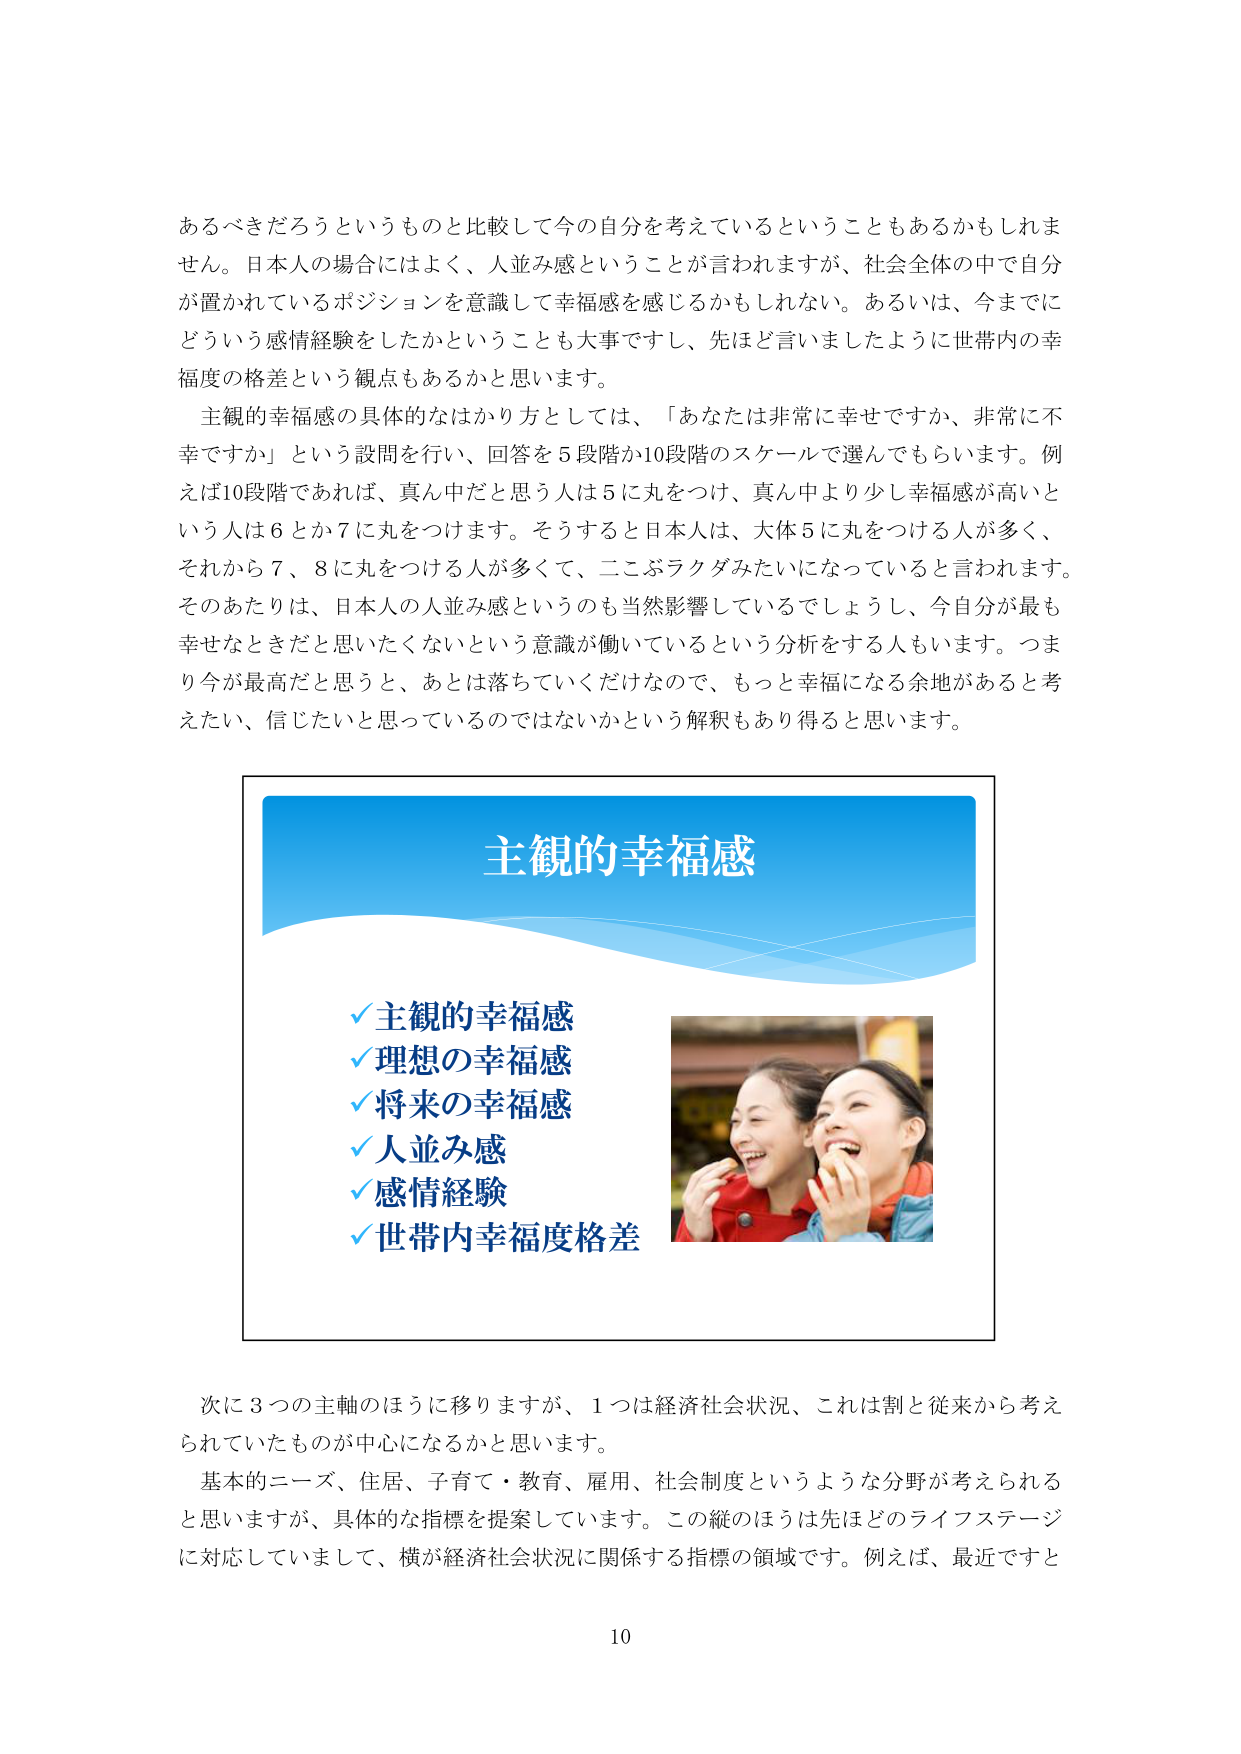
あるべきだろうというものと比較して今の自分を考えているということもあるかもしれません。日本人の場合にはよく、人並み感ということが言われますが、社会全体の中で自分が置かれているポジションを意識して幸福感を感じるかもしれない。あるいは、今までにどういう感情経験をしたかということも大事ですし、先ほど言いましたように世帯内の幸福度の格差という観点もあるかと思います。

主観的幸福感の具体的なはかり方としては、「あなたは非常に幸せですか、非常に不幸ですか」という設問を行い、回答を5段階か10段階のスケールで選んでもらいます。例えば10段階であれば、真ん中だと思う人は5に丸をつけ、真ん中より少し幸福感が高いという人は6とか7に丸をつけます。そうすると日本人は、大体5に丸をつける人が多く、それから7、8に丸をつける人が多くて、二こぶラクダみたいになっていると言われます。そのあたりは、日本人の人並み感というのも当然影響しているでしょうし、今自分が最も幸せなときだと思いたくないという意識が働いているという分析をする人もいます。つまり今が最高だと思うと、あとは落ちていくだけなので、もっと幸福になる余地があると考えたい、信じたいと思っているのではないかという解釈もあり得ると思います。

主観的幸福感
✓ 主観的幸福感
✓ 理想の幸福感
✓ 将来の幸福感
✓ 人並み感
✓ 感情経験
✓ 世帯内幸福度格差

次に3つの主軸のほうに移りますが、1つは経済社会状況、これは割と従来から考えられていたものが中心になるかと思います。

基本的ニーズ、住居、子育て・教育、雇用、社会制度というような分野が考えられると思いますが、具体的な指標を提案しています。この縦のほうは先ほどのライフステージに対応していまして、横が経済社会状況に関係する指標の領域です。例えば、最近ですと

10